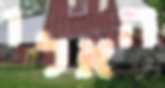
האלו